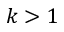
k > 1